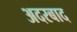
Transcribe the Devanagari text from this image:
अदरबाद